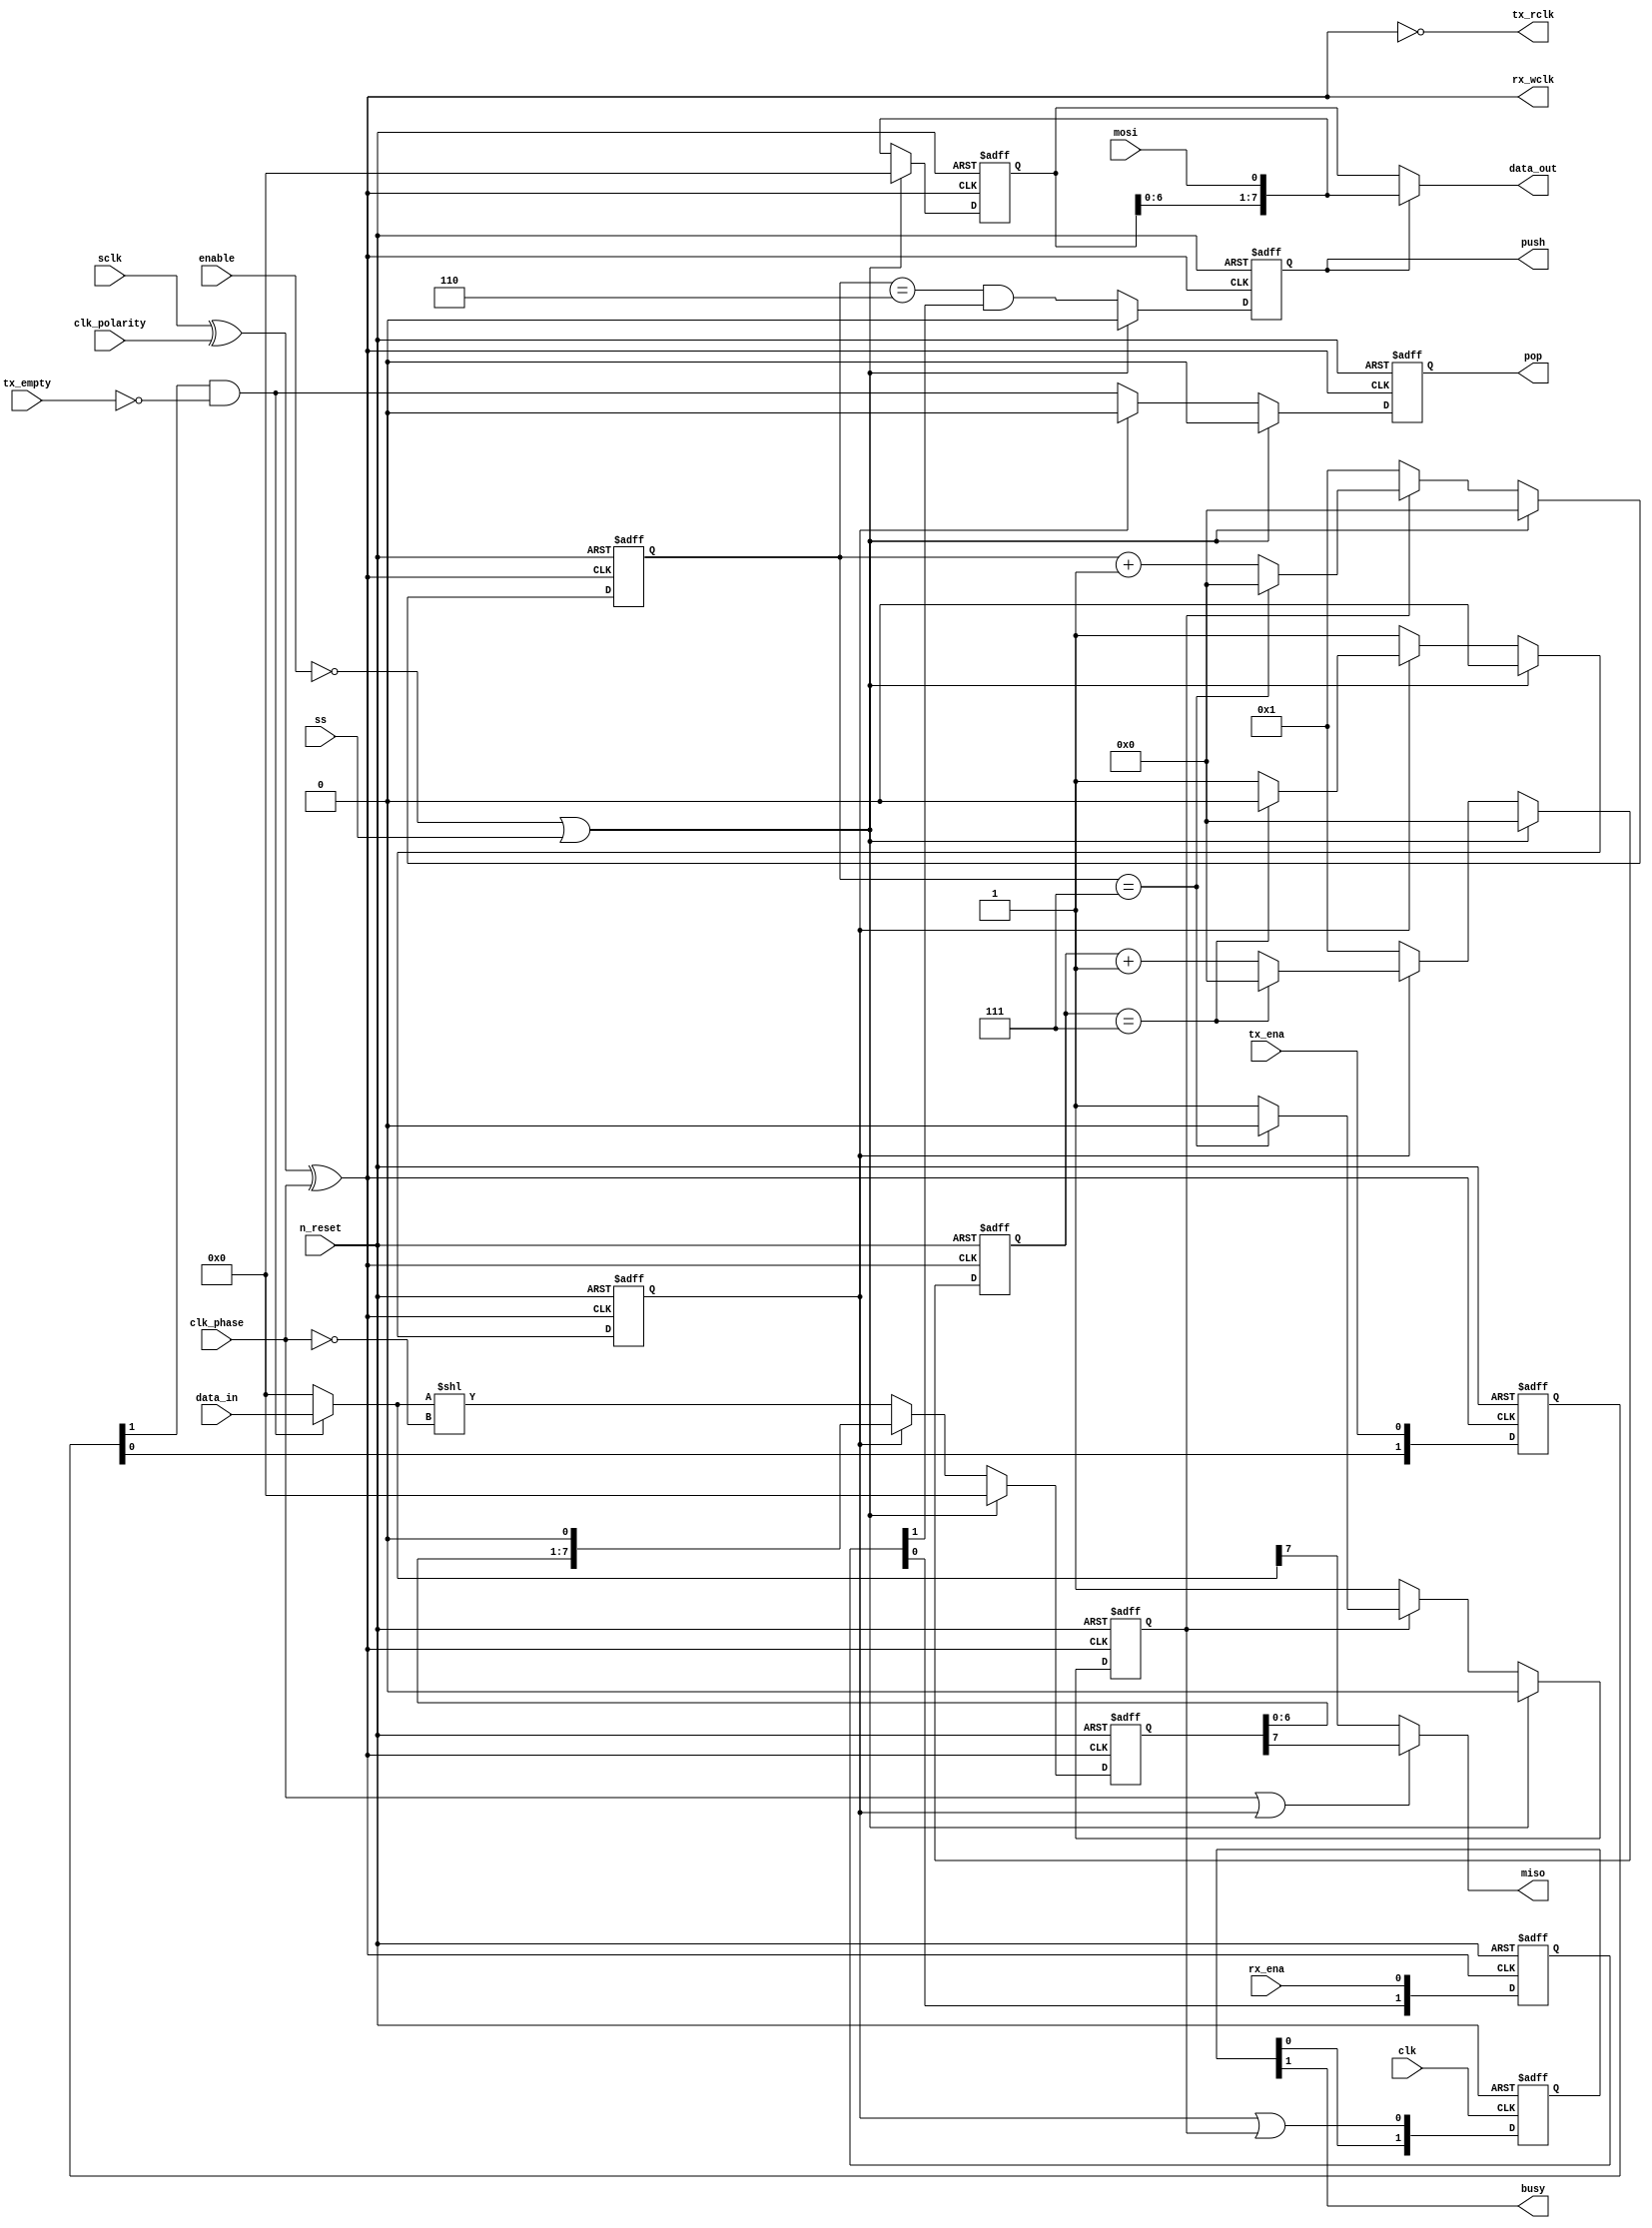
module airi5c_spi_slave
#(
    parameter                   DATA_WIDTH = 8
)
(
    input                       clk,
    input                       n_reset,
    input                       enable,

    input                       mosi,
    output                      miso,
    input                       sclk,
    input                       ss,

    input                       clk_polarity,
    input                       clk_phase,

    input                       tx_ena,
    input                       rx_ena,

    input                       tx_empty,

    output                      tx_rclk,
    output  reg                 pop,
    input   [DATA_WIDTH-1:0]    data_in,

    output                      rx_wclk,
    output  reg                 push,
    output  [DATA_WIDTH-1:0]    data_out,

    output                      busy
);

    wire                        clk_int         = sclk ^ clk_polarity ^ clk_phase;

    reg     [DATA_WIDTH-1:0]    tx_buffer;
    wire    [DATA_WIDTH-1:0]    tx_buffer_din;
    reg     [4:0]               tx_bit_counter;
    reg                         tx_busy;

    reg     [DATA_WIDTH-1:0]    rx_buffer;
    reg     [4:0]               rx_bit_counter;
    reg                         rx_busy;

    reg     [1:0]               tx_ena_sclk;
    reg     [1:0]               rx_ena_sclk;
    reg     [1:0]               busy_clk;

    wire                        tx_valid        = tx_ena_sclk[1] && !tx_empty;

    // last bit needs bypass, otherwise there would be no clock edge to push the data
    // first bit needs bypass when phase = 0, because master samples on same clock edge as tx buffer is loaded
    assign                      tx_buffer_din   = tx_valid ? data_in : 0;
    assign                      data_out        = push ? {rx_buffer[DATA_WIDTH-2:0], mosi} : rx_buffer;
    assign                      miso            = clk_phase || tx_busy ? tx_buffer[DATA_WIDTH-1] : tx_buffer_din[DATA_WIDTH-1];
    assign                      tx_rclk         = !clk_int;
    assign                      rx_wclk         = clk_int;
    assign                      busy            = busy_clk[1];

    // tx_ena signal is set in clk domain and needs to be crossed into sclk domain
    always @(posedge tx_rclk, negedge n_reset) begin
        if (!n_reset)
            tx_ena_sclk     <= 2'b11;

        else
            tx_ena_sclk     <= {tx_ena_sclk[0], tx_ena};
    end

    // rx_ena signal is set in clk domain and needs to be crossed into sclk domain
    always @(posedge rx_wclk, negedge n_reset) begin
        if (!n_reset)
            rx_ena_sclk     <= 2'b11;

        else
            rx_ena_sclk     <= {rx_ena_sclk[0], rx_ena};
    end

    // busy signals are set in sclk domain and need to be crossed into clk domain
    always @(posedge clk, negedge n_reset) begin
        if (!n_reset)
            busy_clk        <= 2'b00;

        else
            busy_clk        <= {busy_clk[0], tx_busy || rx_busy};
    end

    // posedge
    always @(posedge clk_int, negedge n_reset) begin
        if (!n_reset) begin
            rx_buffer       <= 0;
            rx_bit_counter  <= 5'h00;
            rx_busy         <= 1'b0;
            push            <= 1'b0;
        end

        else if (!enable || ss) begin
            rx_buffer       <= 0;
            rx_bit_counter  <= 5'h00;
            rx_busy         <= 1'b0;
            push            <= 1'b0;
        end

        else begin
            rx_buffer       <= {rx_buffer[DATA_WIDTH-2:0], mosi};
            push            <= (rx_bit_counter == DATA_WIDTH - 2) && rx_ena_sclk[1];

            if (!rx_busy) begin
                rx_bit_counter  <= 5'd1;
                rx_busy         <= 1'b1;
            end

            else begin
                if (rx_bit_counter == DATA_WIDTH - 1) begin
                    rx_bit_counter  <= 5'd0;
                    rx_busy         <= 1'b0;
                end

                else
                    rx_bit_counter  <= rx_bit_counter + 5'd1;
            end
        end
    end

    // negedge
    always @(negedge clk_int, negedge n_reset) begin
        if (!n_reset) begin
            tx_buffer       <= 0;
            tx_bit_counter  <= 5'h00;
            tx_busy         <= 1'b0;
            pop             <= 1'b0;
        end

        else if (!enable || ss) begin
            tx_buffer       <= 0;
            tx_bit_counter  <= 5'h00;
            tx_busy         <= 1'b0;
            pop             <= 1'b0;
        end

        else begin
            if (!tx_busy) begin
                tx_buffer       <= tx_buffer_din << !clk_phase;
                tx_bit_counter  <= 5'd1;
                tx_busy         <= 1'b1;
                pop             <= tx_valid;
            end

            else begin
                tx_buffer       <= tx_buffer << 1;
                pop             <= 1'b0;

                if (tx_bit_counter == DATA_WIDTH - 1) begin
                    tx_bit_counter  <= 5'd0;
                    tx_busy         <= 1'b0;
                end

                else
                    tx_bit_counter  <= tx_bit_counter + 5'd1;
            end
        end
    end

endmodule